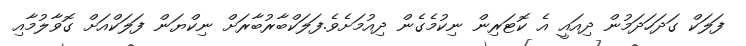
ފަލަކް ގަދަހަދަމުން ދިއައީ އެ ކޮޓަރިން ނިކުމެގެން ދިއުމަށެވެ.ފަލަކްބާރުބާރަށް ނިކްޔަން ފަލަކްއަށް ގޮވާލުމާއި